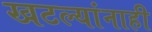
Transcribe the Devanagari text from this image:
खटल्यांनाही